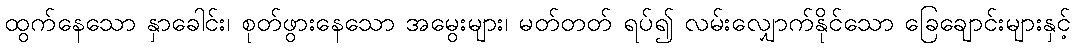
ထွက်နေသော နှာခေါင်း၊ စုတ်ဖွားနေသော အမွေးများ၊ မတ်တတ် ရပ်၍ လမ်းလျှောက်နိုင်သော ခြေချောင်းများနှင့်